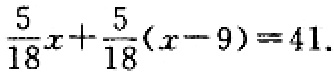
$\frac{5}{18}x+\frac{5}{18}(x - 9)=41.$